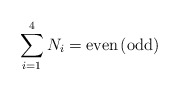
\begin{align*}\sum_{i=1}^{4} N_i = \mbox{even\,(odd)}\end{align*}